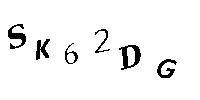
SK62DG